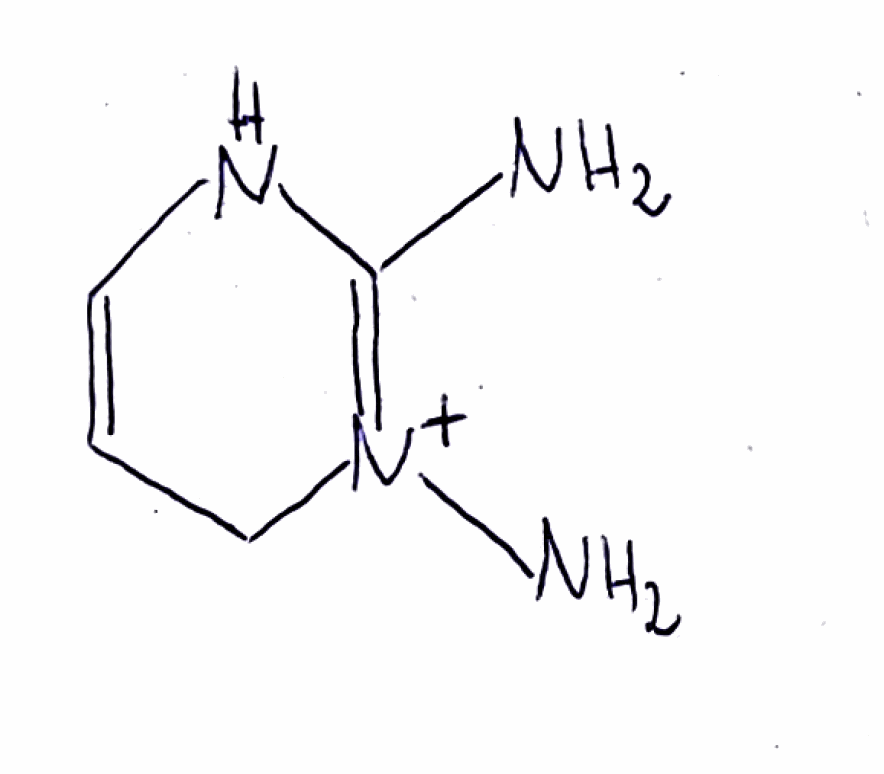
Simplified molecular-input line-entry system (SMILES) notation of the given molecule:
C1C=CNC(=[N+]1N)N